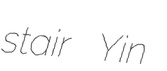
stair Yin